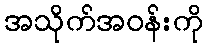
အသိုက်အဝန်းကို